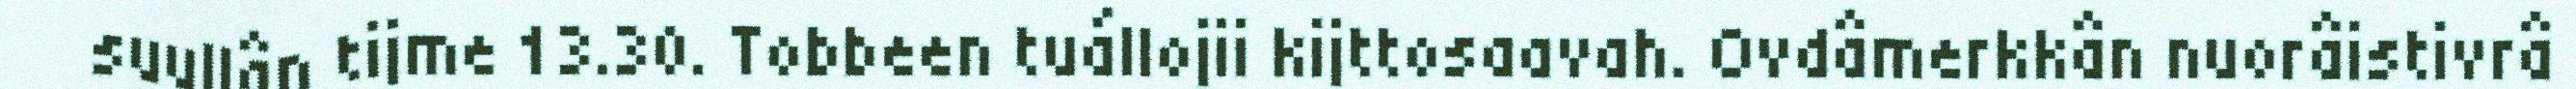
suullân tijme 13.30. Tobbeen tuállojii kijttosaavah. Ovdâmerkkân nuorâistivrâ